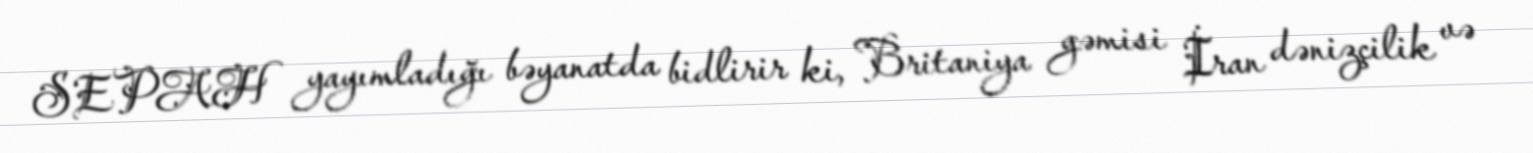
SEPAH yayımladığı bəyanatda bidlirir ki, Britaniya gəmisi İran dənizçilik və